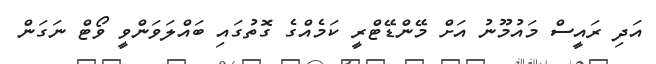
އަދި ރައީސް މައުމޫނު އަށް މޭންޑޭޓްރީ ކަމެއްގެ ގޮތުގައި ބައްލަވަންވީ ވޯޓް ނަގަން